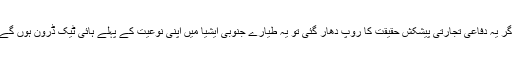
اگر یہ دفاعی تجارتی پیشکش حقیقت کا روپ دھار گئی تو یہ طیارے جنوبی ایشیا میں اپنی نوعیت کے پہلے ہائی ٹیک ڈرون ہوں گے۔